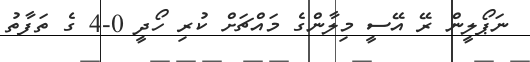
ނަޕޯލީން ރޭ އޭސީ މިލާންގެ މައްޗަށް ކުރި ހޯދީ 0-4 ގެ ތަފާތު